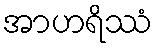
အာဟရိဿံ